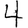
Digit: 4